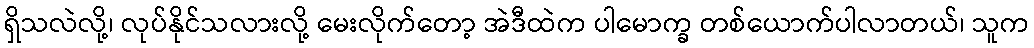
ရှိသလဲလို့၊ လုပ်နိုင်သလားလို့ မေးလိုက်တော့ အဲဒီထဲက ပါမောက္ခ တစ်ယောက်ပါလာတယ်၊ သူက